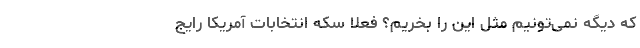
که دیگه نمی‌تونیم مثل این را بخریم؟ فعلا سکه انتخابات آمریکا رایج